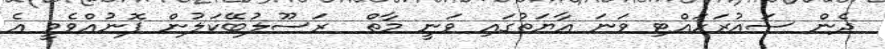
ދެން ސައުރަހައްޓި ވަނަ އާޔަތުގައި ވަނީ މާތް  ރަސޫލުބޭކަލުން ފޮނުއްވެވީ އެ